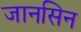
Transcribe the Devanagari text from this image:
जानसिन